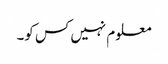
معلوم نہیں کس کو۔